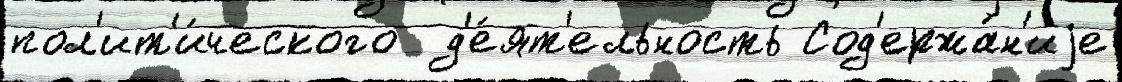
пол'ит'и́ческого  д'е́ят'ельность Сод'ержа́н'иjе